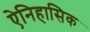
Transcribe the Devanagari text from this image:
ऐनिहासिक